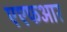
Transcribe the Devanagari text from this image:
एएफआर